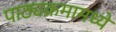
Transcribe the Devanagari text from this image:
पाठ्यक्रमामध्ये